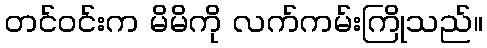
တင်ဝင်းက မိမိကို လက်ကမ်းကြိုသည်။